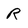
Character: R